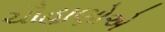
ચૌહાણોએ